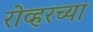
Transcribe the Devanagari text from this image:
रोव्हरच्या